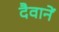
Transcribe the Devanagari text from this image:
दैवानें